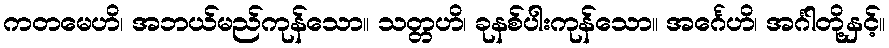
ကတမေဟိ၊ အဘယ်မည်ကုန်သော။ သတ္တဟိ၊ ခုနစ်ပါးကုန်သော။ အင်္ဂေဟိ၊ အင်္ဂါတို့နှင့်။